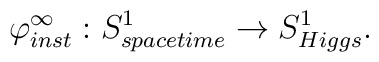
\varphi_{inst}^{\infty}:S^1_{spacetime}\rightarrow S^1_{Higgs}.